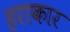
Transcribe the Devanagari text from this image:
हराकार